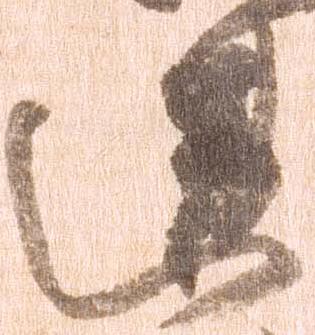
違